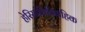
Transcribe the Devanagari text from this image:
हेरिसांधिविग्रहिक